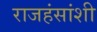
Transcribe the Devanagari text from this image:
राजहंसांशी